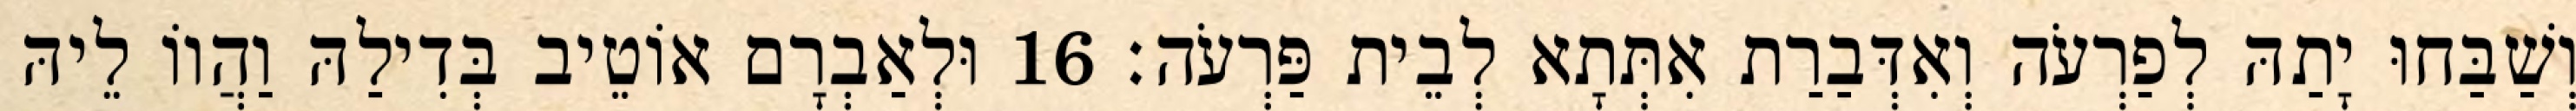
וְשַׁבַּחוּ יָתַהּ לְפַרְעֹה וְאִדְּבַרַת אִתְּתָא לְבֵית פַּרְעֹה׃ 16 וּלְאַבְרָם אוֹטֵיב בְּדִילַהּ וַהֲווֹ לֵיהּ